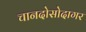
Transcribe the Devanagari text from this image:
चानदोसोदागर